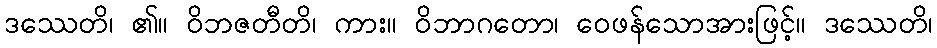
ဒဿေတိ၊ ၏။ ဝိဘဇတီတိ၊ ကား။ ဝိဘာဂတော၊ ဝေဖန်သောအားဖြင့်။ ဒဿေတိ၊